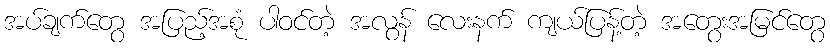
အပ်ချက်တွေ အပြည့်အစုံ ပါဝင်တဲ့ အလွန် လေးနက် ကျယ်ပြန့်တဲ့ အတွေးအမြင်တွေ